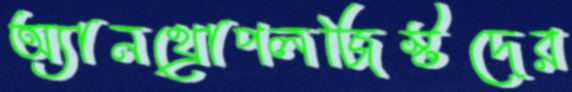
অ্যানথ্রোপলজিস্টদের